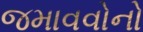
જમાવવોનો